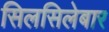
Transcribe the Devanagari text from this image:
सिलसिलेबार